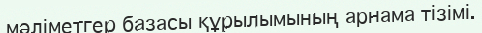
мәліметгер базасы құрылымының арнама тізімі.